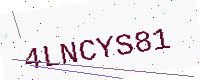
Text: 4LNCYS81